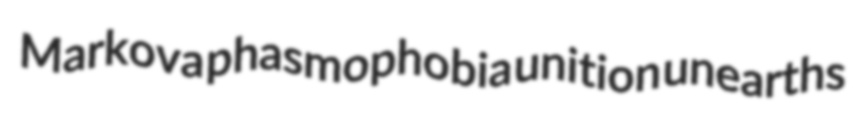
Markova phasmophobia unition unearths